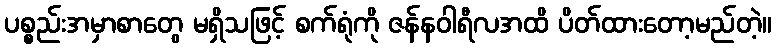
ပစ္စည်းအမှာစာတွေ မရှိသဖြင့် စက်ရုံကို ဇန်နဝါရီလအထိ ပိတ်ထားတော့မည်တဲ့။